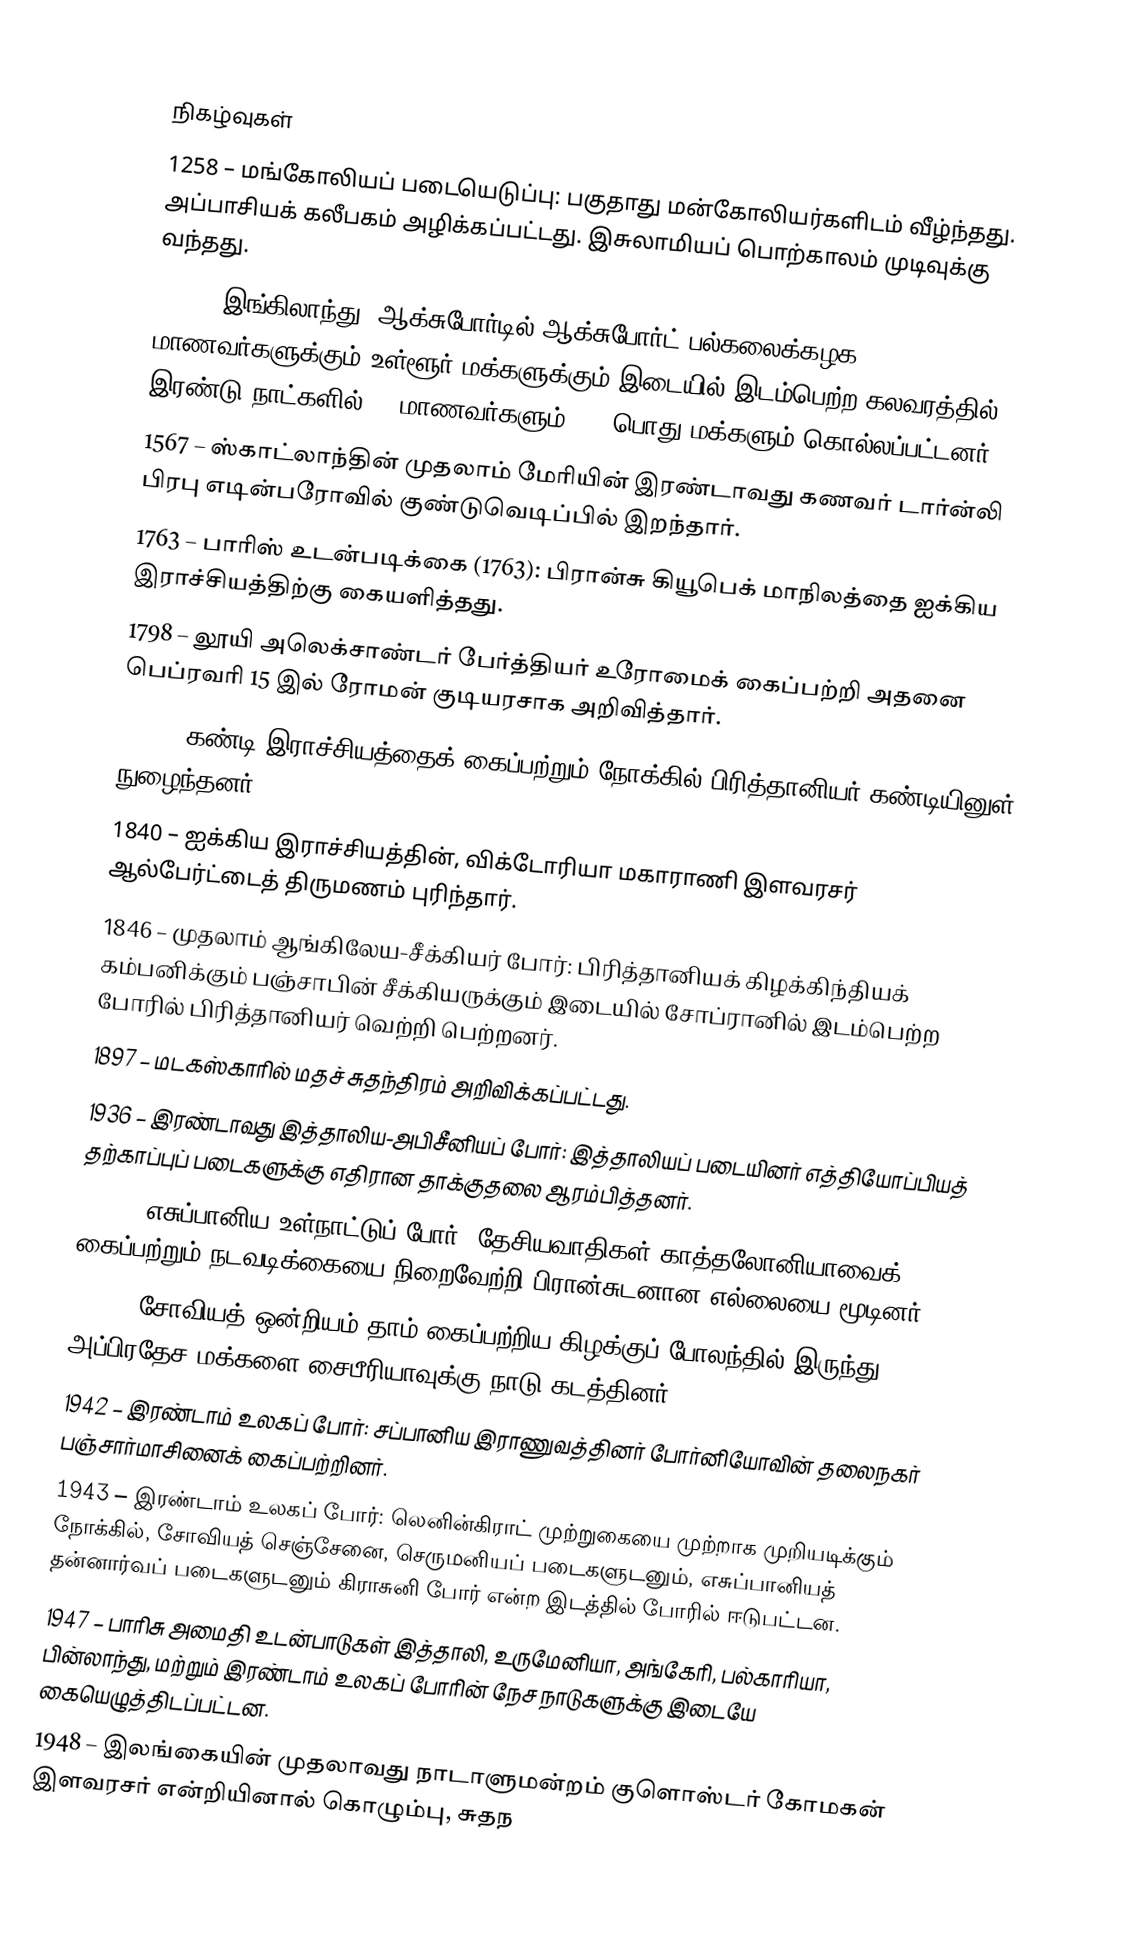

நிகழ்வுகள்
1258 – மங்கோலியப் படையெடுப்பு: பகுதாது மன்கோலியர்களிடம் வீழ்ந்தது. அப்பாசியக் கலீபகம் அழிக்கப்பட்டது. இசுலாமியப் பொற்காலம் முடிவுக்கு வந்தது.
1355 – இங்கிலாந்து, ஆக்சுபோர்டில் ஆக்சுபோர்ட் பல்கலைக்கழக மாணவர்களுக்கும் உள்ளூர் மக்களுக்கும் இடையில் இடம்பெற்ற கலவரத்தில் இரண்டு நாட்களில் 63 மாணவர்களும், 30 பொது மக்களும் கொல்லப்பட்டனர்.
1567 – ஸ்காட்லாந்தின் முதலாம் மேரியின் இரண்டாவது கணவர் டார்ன்லி பிரபு எடின்பரோவில் குண்டுவெடிப்பில் இறந்தார்.
1763 – பாரிஸ் உடன்படிக்கை (1763): பிரான்சு கியூபெக் மாநிலத்தை ஐக்கிய இராச்சியத்திற்கு கையளித்தது.
1798 – லூயி அலெக்சாண்டர் பேர்த்தியர் உரோமைக் கைப்பற்றி அதனை பெப்ரவரி 15 இல் ரோமன் குடியரசாக அறிவித்தார்.
1815 – கண்டி இராச்சியத்தைக் கைப்பற்றும் நோக்கில் பிரித்தானியர் கண்டியினுள் நுழைந்தனர்.
1840 – ஐக்கிய இராச்சியத்தின், விக்டோரியா மகாராணி இளவரசர் ஆல்பேர்ட்டைத் திருமணம் புரிந்தார்.
1846 – முதலாம் ஆங்கிலேய-சீக்கியர் போர்: பிரித்தானியக் கிழக்கிந்தியக் கம்பனிக்கும் பஞ்சாபின் சீக்கியருக்கும் இடையில் சோப்ரானில் இடம்பெற்ற போரில் பிரித்தானியர் வெற்றி பெற்றனர்.
1897 – மடகஸ்காரில் மதச் சுதந்திரம் அறிவிக்கப்பட்டது.
1936 – இரண்டாவது இத்தாலிய-அபிசீனியப் போர்: இத்தாலியப் படையினர் எத்தியோப்பியத் தற்காப்புப் படைகளுக்கு எதிரான தாக்குதலை ஆரம்பித்தனர்.
1939 – எசுப்பானிய உள்நாட்டுப் போர்: தேசியவாதிகள் காத்தலோனியாவைக் கைப்பற்றும் நடவடிக்கையை நிறைவேற்றி பிரான்சுடனான எல்லையை மூடினர்.
1940 – சோவியத் ஒன்றியம் தாம் கைப்பற்றிய கிழக்குப் போலந்தில் இருந்து அப்பிரதேச மக்களை சைபீரியாவுக்கு நாடு கடத்தினர்.
1942 – இரண்டாம் உலகப் போர்: சப்பானிய இராணுவத்தினர் போர்னியோவின் தலைநகர் பஞ்சார்மாசினைக் கைப்பற்றினர்.
1943 – இரண்டாம் உலகப் போர்: லெனின்கிராட் முற்றுகையை முற்றாக முறியடிக்கும் நோக்கில், சோவியத் செஞ்சேனை, செருமனியப் படைகளுடனும், எசுப்பானியத் தன்னார்வப் படைகளுடனும் கிராசுனி போர் என்ற இடத்தில் போரில் ஈடுபட்டன.
1947 – பாரிசு அமைதி உடன்பாடுகள் இத்தாலி, உருமேனியா, அங்கேரி, பல்காரியா, பின்லாந்து, மற்றும் இரண்டாம் உலகப் போரின் நேச நாடுகளுக்கு இடையே கையெழுத்திடப்பட்டன.
1948 – இலங்கையின் முதலாவது நாடாளுமன்றம் குளொஸ்டர் கோமகன் இளவரசர் என்றியினால் கொழும்பு, சுதந